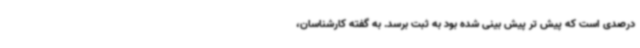
درصدی است که پیش تر پیش بینی شده بود به ثبت برسد. به گفته کارشناسان،